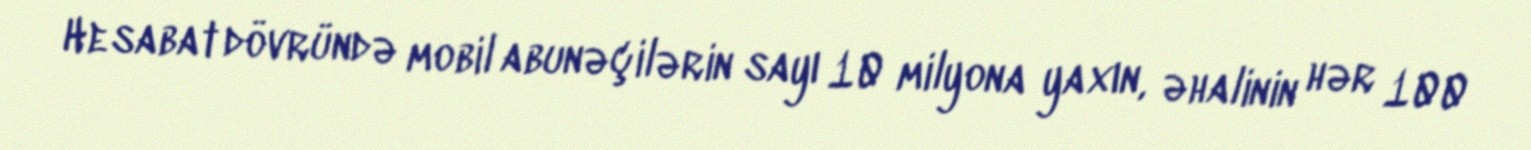
Hesabat dövründə mobil abunəçilərin sayı 10 milyona yaxın, əhalinin hər 100